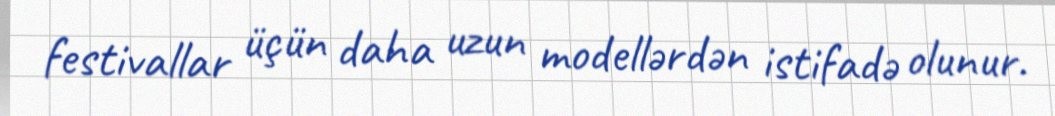
festivallar üçün daha uzun modellərdən istifadə olunur.